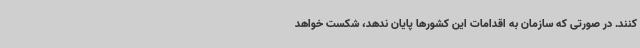
کنند. در صورتی که سازمان به اقدامات این کشورها پایان ندهد، شکست خواهد